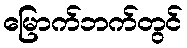
မြောက်ဘက်တွင်